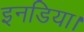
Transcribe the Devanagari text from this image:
इनडिया।